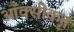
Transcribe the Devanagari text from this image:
आँक्सीकृत